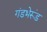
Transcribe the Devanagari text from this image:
गंडभेरूंड